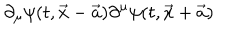
LaTeX: \partial _ { \mu } \psi ( t , \vec { x } - \vec { a } ) \partial ^ { \mu } \psi ( t , \vec { x } + \vec { a } )